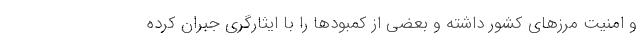
و امنیت مرزهای کشور داشته و بعضی از کمبودها را با ایثارگری جبران کرده